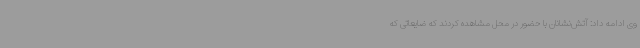
وی ادامه داد: آتش‌نشانان با حضور در محل مشاهده کردند که ضایعاتی که